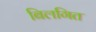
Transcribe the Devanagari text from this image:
बिलगित